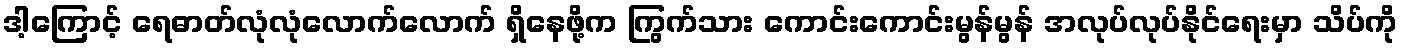
ဒါ့ကြောင့် ရေဓာတ်လုံလုံလောက်လောက် ရှိနေဖို့က ကြွက်သား ကောင်းကောင်းမွန်မွန် အလုပ်လုပ်နိုင်ရေးမှာ သိပ်ကို